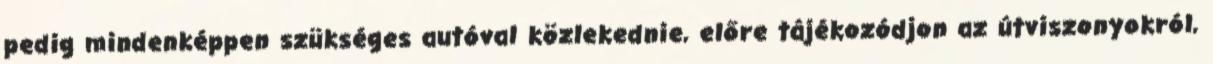
pedig mindenképpen szükséges autóval közlekednie, előre tájékozódjon az útviszonyokról,